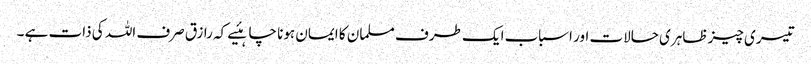
تیسری چیز ظاہری حالات اور اسباب ایک طرف مسلمان کا ایمان ہونا چاہئیے کہ رازق صرف اللہ کی ذات ہے ۔